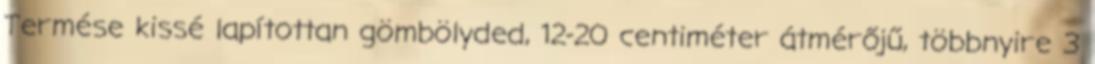
Termése kissé lapítottan gömbölyded, 12-20 centiméter átmérőjű, többnyire 3